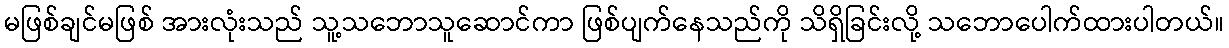
မဖြစ်ချင်မဖြစ် အားလုံးသည် သူ့သဘောသူဆောင်ကာ ဖြစ်ပျက်နေသည်ကို သိရှိခြင်းလို့ သဘောပေါက်ထားပါတယ်။